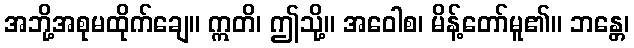
အဘို့အစုမထိုက်ချေ။ ဣတိ၊ ဤသို့။ အဝေါစ၊ မိန့်တော်မူ၏။ ဘန္တေ၊